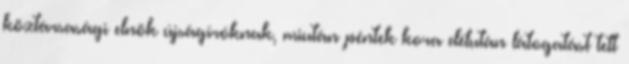
köztársasági elnök újságíróknak, miután péntek kora délután látogatást tett